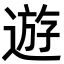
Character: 遊